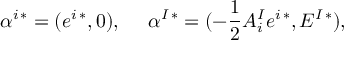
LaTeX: \alpha ^ { i \, * } = ( e ^ { i \, * } , 0 ) , \ \ \ \ \alpha ^ { I \, * } = ( - { \frac { 1 } { 2 } } A _ { i } ^ { I } e ^ { i \, * } , E ^ { I \, * } ) ,